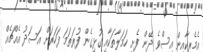
އެމެރިކާއިން އިސްވެ ދޭން ފެށި ހަމަލާތަކާއި ގުޅިގެން ފުރަތަމަ ފަހަރަށް އަސަދު އެއްޗެއް